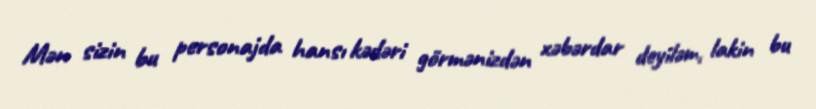
Mən sizin bu personajda hansı kədəri görmənizdən xəbərdar deyiləm, lakin bu